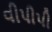
વીપીપી